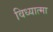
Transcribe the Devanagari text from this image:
विध्यात्मा